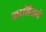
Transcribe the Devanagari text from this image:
कालिसने